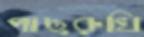
পাছরুখি